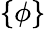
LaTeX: \{ \phi\}